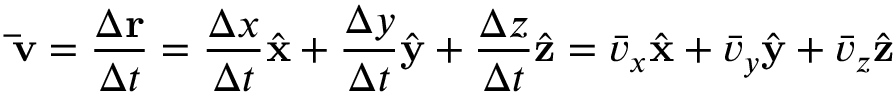
\mathbf { \bar { v } } = { \frac { \Delta \mathbf { r } } { \Delta t } } = { \frac { \Delta x } { \Delta t } } { \hat { \mathbf { x } } } + { \frac { \Delta y } { \Delta t } } { \hat { \mathbf { y } } } + { \frac { \Delta z } { \Delta t } } { \hat { \mathbf { z } } } = { \bar { v } } _ { x } { \hat { \mathbf { x } } } + { \bar { v } } _ { y } { \hat { \mathbf { y } } } + { \bar { v } } _ { z } { \hat { \mathbf { z } } }